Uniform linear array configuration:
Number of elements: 24
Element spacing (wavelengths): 0.25
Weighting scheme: uniform
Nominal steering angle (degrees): -60
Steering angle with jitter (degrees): -59.807
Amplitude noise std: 0.05
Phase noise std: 0.05

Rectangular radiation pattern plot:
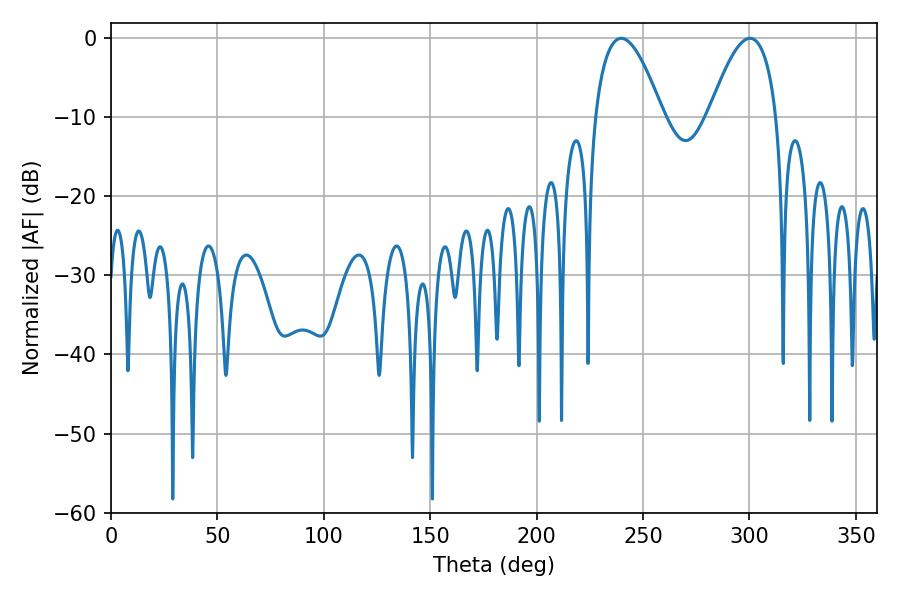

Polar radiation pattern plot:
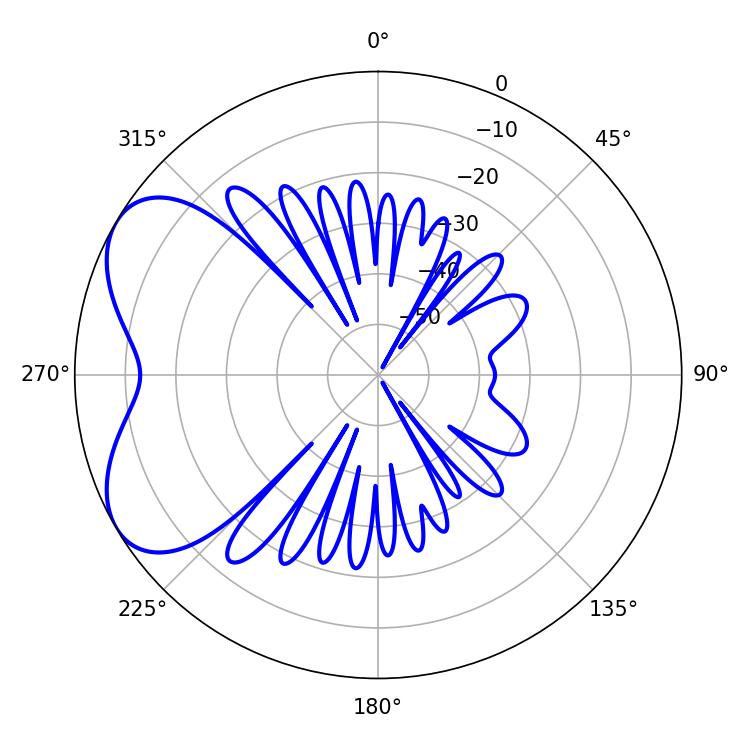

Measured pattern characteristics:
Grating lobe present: FALSE
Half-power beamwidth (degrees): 17.46
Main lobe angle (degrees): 239.76